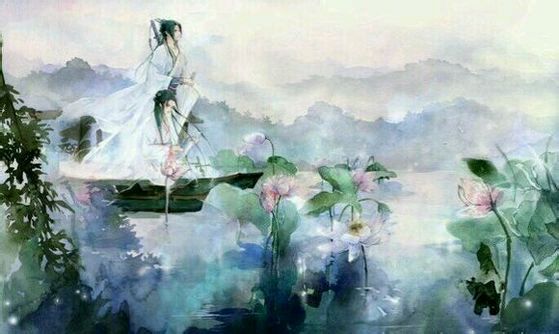
画船撑入花深处，香泛金卮。